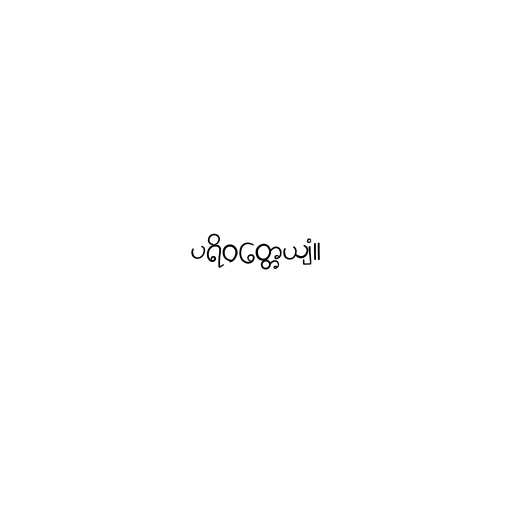
ပရိဝတ္တေယျံ။